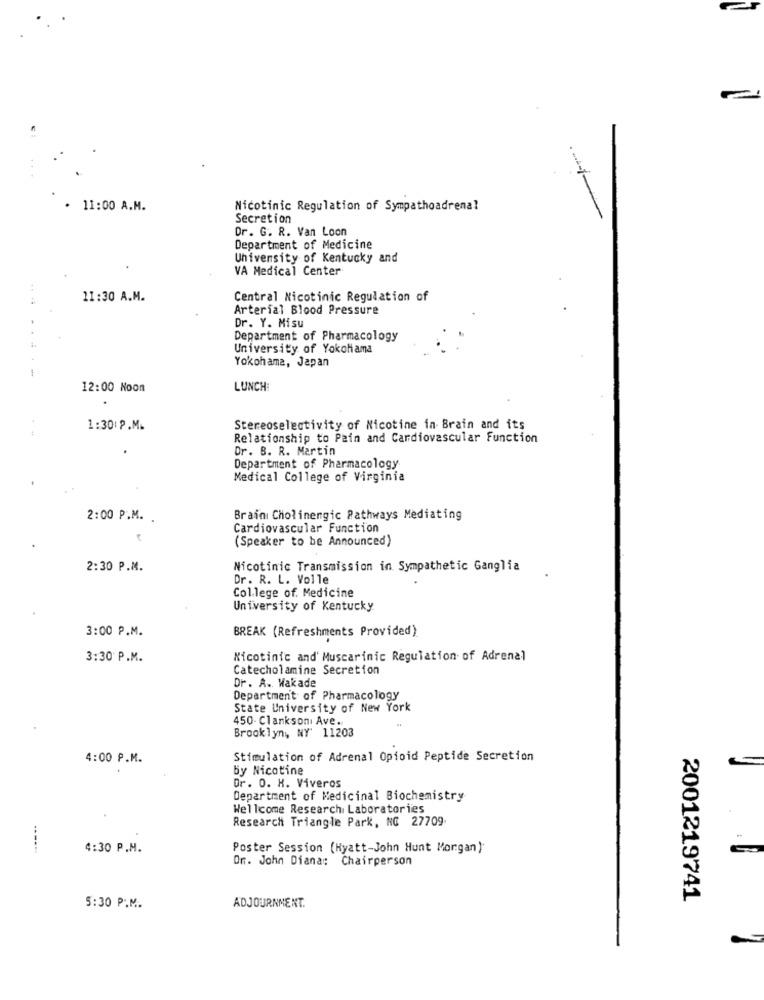
· 11:00 A.M.
Nicotinic Regulation of Sympathoadrenal
Secretion
Dr. G. R. Van Loon
Department of Medicine
University of Kentucky and
VA Medical Center
11:30 A.M.
Central Nicotinic Regulation of
Arterial Blood Pressure
Dr. Y. Misu
Department of Pharmacology
University of Yokohama
Yokohama, Japan
12:00 Noon
LUNCH
1:30: P.M.
Stereoselectivity of Nicotine in Brain and its
Relationship to Pain and Cardiovascular Function
Dr. B. R. Martin
Department of Pharmacology
Medical College of Virginia
2:00 P.M. .
Brain Cholinergic Pathways Mediating
Cardiovascular Function
(Speaker to be Announced)
2:30 P.M.
Nicotinic Transmission in Sympathetic Ganglia
Dr. R. L. Volle
College of. Medicine
University of Kentucky
3:00 P.M.
BREAK (Refreshments Provided)
3:30 P.M.
Nicotinic and' Muscarinic Regulation of Adrenal
Catecholamine Secretion
Dr. A. Wakade
Department of Pharmacology
State University of New York
450- Clanksoni Ave ..
Brooklyn, NY' 11203
4:00 P.M.
Stimulation of Adrenal Opioid Peptide Secretion
by Nicotine
Dr. O. H. Viveros
Department of Medicinal Biochemistry
Wellcome Research Laboratories
Research Triangle Park, NC 27709
-----.
4:30 P.M.
Poster Session (Hyatt-John Hunt Morgan)
Or. John Diana: Chairperson
2001219741
5:30 P.M.
ADJOURNMENT.